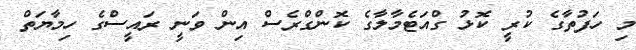
މި ހަފުތާގެ ކުރީ ކޮޅު ގްއަޓެމާލާގެ ކޮންގްރެސް އިން ވަނީ ރައީސްގެ ހިމާޔަތް